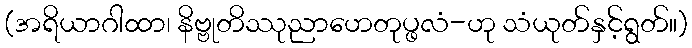
(အရိယာဂါထာ၊ နိဗ္ဗုတိဿုညာဟေတုပ္ဖလံ-ဟု သံယုတ်နှင့်ရွတ်။)